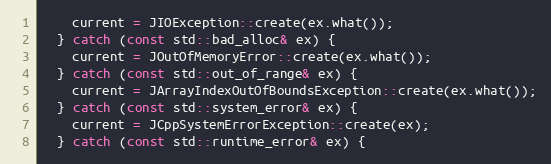
Language: C++
    current = JIOException::create(ex.what());
  } catch (const std::bad_alloc& ex) {
    current = JOutOfMemoryError::create(ex.what());
  } catch (const std::out_of_range& ex) {
    current = JArrayIndexOutOfBoundsException::create(ex.what());
  } catch (const std::system_error& ex) {
    current = JCppSystemErrorException::create(ex);
  } catch (const std::runtime_error& ex) {